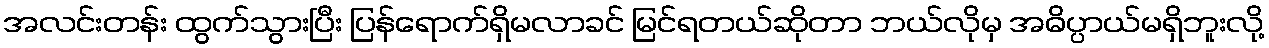
အလင်းတန်း ထွက်သွားပြီး ပြန်ရောက်ရှိမလာခင် မြင်ရတယ်ဆိုတာ ဘယ်လိုမှ အဓိပ္ပာယ်မရှိဘူးလို့